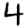
Digit: 4